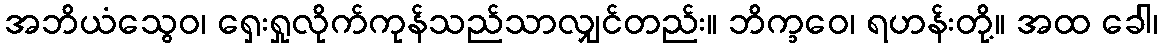
အဘိယံသွေဝ၊ ရှေးရှုလိုက်ကုန်သည်သာလျှင်တည်း။ ဘိက္ခဝေ၊ ရဟန်းတို့။ အထ ခေါ၊